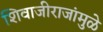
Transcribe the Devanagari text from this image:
शिवाजीराजांमुळे